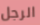
الرجل